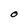
Character: O